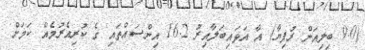
(9.0 ބިލިއަން ރުފިޔާ) އާ އަޅައިބަލާއިރު 16.2 އިންސައްތައި ގެ ކުރިއެރުމެއް ކަމަށް